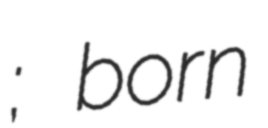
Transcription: Бело́в; born